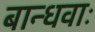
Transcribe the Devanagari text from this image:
बान्धवाः